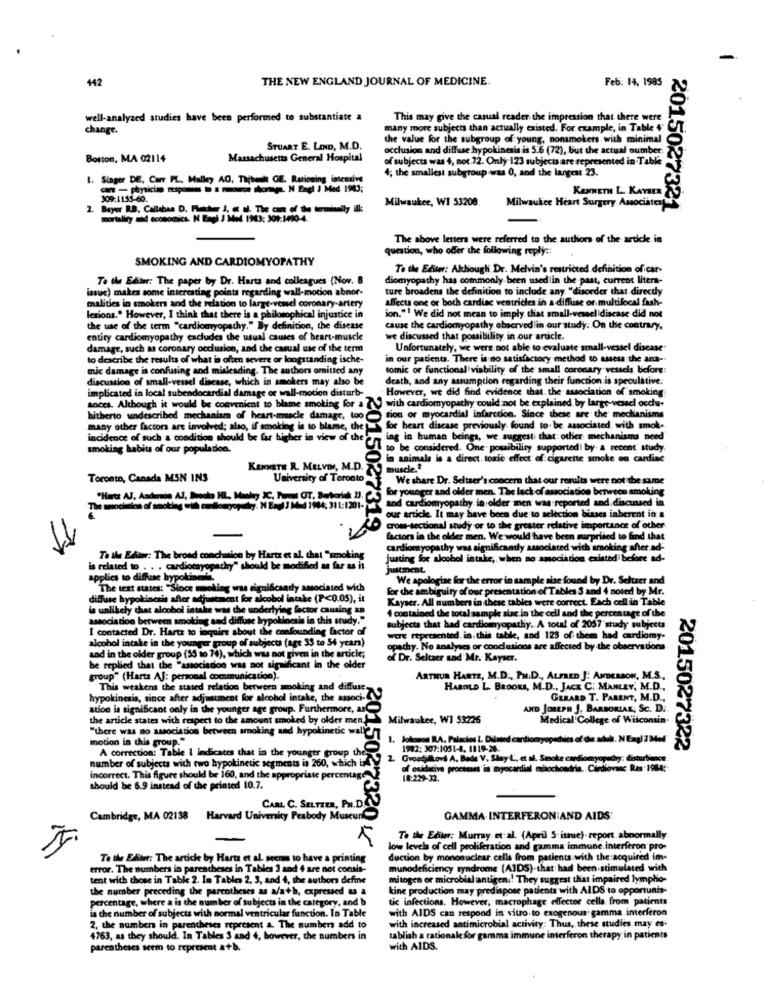
442
THE NEW ENGLAND JOURNAL OF MEDICINE.
Feb: 14, 1985
well-analyzed studies have been performed to substantiate a
This may give the casual reader the impression that there were
change .
many more subjects than actually existed. For example, in Table +"
the value for the subgroup of young, nonsmokers with minimal
STUART E. LIND, M.D.
occlusion and diffuse hypokinesis is 5.6 (72), but the actual oumber
Boston, MA 02114
Massachusetts General Hospital
of subjects was 4, not.72. Only 123 subjects are represented in Table
4; the smallest subgroup was 0, and the largest 23.
1. Singer DE, Carr PL. Malley AO, Tijbenk GE. Rationing intensive
- - physician rooms to a moca shortp. N Engl J Med 1983;
KENNETH L. KAYSER
J09:1155-60.
Milwaukee, WI 53208
Milwaukee Heart Surgery Associates
2. Bayer RD, Callabas D. Fletcher J, et al. The cam of the terminally ill
2015027321
The above letters were referred to the author of the article in
question, who offer the following reply ::
SMOKING AND CARDIOMYOPATHY
To the Editer: Although Dr. Melvin's restricted definition of car-
To the Editar: The paper by Dr. Harts and colleagues (Nov. B
diomyopathy has commonly been used in the past, current litera-
issue) makes some interesting points regarding wall-motion abnor-
ture broadens the definition to include any "disorder that directly
affects one or both cardiac ventricles in a diffuse or multifocal fash-
malities in smokers and the relation to large-vowel coronary-artery
lesions .. However, I think that there is a philom
philosophical injustice in
ion."1 We did not mean to imply that small-vessel idiscase did not
the use of the term "cardiomyopathy." By definition, the disease
cause the cardiomyopathy observed in our study. On the contrary.
entity cardiomyopathy excludes the usual causes of heart-muscle
we discussed that possibility in our article.
damage, such as coronary occlusion, and the casual use of the term
Unfortunately, we were not able to evaluate small-vessel disease
to describe the results of what is often severe or longstanding ische-
in our patients. There is no satisfactory method to assess the ana-
mic damage is confusing and misleading. The authors omitted any
tomic or functional viability of the small coronary vessels, before:
discussion of small-vessel disease, which in smokers may also be
death, and any assumption regarding their function is speculative.
implicated in local subendocardial damage or wall-motion disturb-
However, we did find evidence that. the association of smoking
ances. Although it would be convenient to blame smoking for a { J with cardiomyopathy could not be explained by large-vessel occu-
hitherto undescribed mechanism of heart-muscle damage, too
tion or myocardial infarction. Since these are the mechanisms
many other factors are involved; also, if smoking is to blame, the
for heart disease previously found to be associated with smok.
incidence of such a condition should be far higher in view of the
ing in human beings, we suggest that other mechanisms need
smoking habits of our populadon.
1 to be considered. One' possibility supported by & recent study.
in animals is a direct, tomie effect of cigarette smoke on cardiac
KENNETH R. MELVIN, M.D.
muscle.2
Toronto, Canada MSN INS
University of Toronto
We share Dr. Seltaer's concern that our results were not the same
for younger and older men. The lack of association between smoking
and cardiomyopathy in older men was reported and discussed in
20150273
The sosociation of acting oil cudlongopady. N Engl J Med 1984; 311:1201-
our article. It may have been due to selection biases inherent in a
319.
cross-sectional study or to the greater relative importance of other
11
factors in the older men. We would have been surprised to find that
cardiomyopathy was significantly associated with smoking after ad-
To the Editor: The broad conclusion by Hartz et al. that "smoking
justing for alcohol intake, when no association existed before ad-
is related to . . . cardiomyopathy"
tyopathy" should be modified as far as it
justment
applies to diffuse hypolinet
We apologize for the error in sample size found by Dr. Seltzer and
The text states: "Since mmoling was significandy associated with
for che ambiguity of our presentation of Tables S and 4 noted by Mr.
diffuse hypokinesis after adjustment for sicobol intake (P<0.05), it
Kayser. All numbers in these
in these tables were correct. Each cell in Table
la unlikely chat alcohol intake was the underlying factor causing an
association between smoking and diffuse hypokinesis in this study."
I contained the total sample size in the cell and the percentage of the
I contacted Dr. Hartz to inquire about the confounding factor of
subjects that had cardiomyopathy. A total of 2057'study subjects
alcohol intake in the younger group of subjects (age 33 to 54 years)
wore represented. in. this table, and 123 of them had cardiomy.
opathy. No analyses or conclusions are affected by the observations
and in the older group (55 so 74), which was not given in the article;
of Dr. Seltzer and Mr. Kayser.
he replied that the "asociadon was not significant in the older
group" (Hartz AJ: personal communication).
ARTHUR HARTZ, M.D ., PH.D ., ALFRED J. ANDERSON, M.S .,
This weakens the stated relation between smoking and diffuse.
HAROLD L. BROOKS, M.D ., JACK C. MANLEY, M.D .,
hypokinesis, since after adjustment for alcohol intake, the associ.(
GERARD T. PARENT, M.D .,
ation is significant only in the younger age group. Furthermore,
AND JOSEPH J. BARBORIAK, SC. D.
the article states with respect to the amount smoked by older men ..
Milwaukee, W1 53226
Medical College of Wisconsin.
"there was no association between smoking and hypokinetic wall2 /7
motion in this group."
Johnson RA. Palacios L. Dilated cardiomyopathies of die adul. N Engl 7Med
A correction: Table | indicates that in the younger group the
0
1982: 307:1051-4. 1119-26.
2015027322
2. Gvoedilkovs A. Bada V, Shay L', et al. Smoke cardiomyopathy: distortioncs
number of subjects with two hypokinetic segments is 260, which
of oxidative processes ia myocardial mbochondria. Cardiovasc Res . 1984:
incorrect. This figure should be 160, and the appropriate percentage
18:229-32.
should be 6.9 instead of the printed 10.7.
CARL C. SELTZER, PH. D
Cambridge, MA 02138 Harvard University Peabody Muscurk
GAMMA.INTERFERON AND AIDS!
5
To the Ediwr: Murray et al. (April 5: istue)- report.abnormally.
low levels of cell proliferation and gamma immune interferon pro-
To the Eliter: The artick by Harts et al. seems to have a printin
duction by mononuclear cells from patients with the :acquired im-
error. The numbers in parentheses in Tables 3 and 4 are not consis-
munodeficiency syndrome (AIDS).that had been stimulated with
tent with those in Table 2. In Tables 2. 3, and 4, the authors define
mitogen or microbial antigen .! They suggest that impaired lympho-
the number preceding the parcotheses as a/a+b, expressed as a
kine production may predispose patients with AlDS to opportunis-
percentage, where a is the mam ber of subjects in the category, and b
tic infections. However, macrophage effector cella from patients
is the number of subjects with normal ventricular function. In Table
with AIDS can respond in vitro to exogenous: gamma interferon
2, the numbers in parentheses represent a. The numbers add to
with increased antimicrobial activity; Thus, these studies may es-
4763, as they should. In Tables 3 and 4, however, the numbers in
tablish a rational for gamma immune interferon therapy in patients
parentheses seem to represent a+b.
with AIDS.